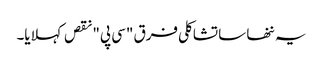
یہ ننھا سا تشاکلی فرق "سی پی" نقص کہلایا۔